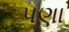
પણા